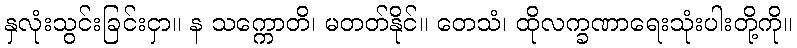
နှလုံးသွင်းခြင်းငှာ။ န သက္ကောတိ၊ မတတ်နိုင်။ တေသံ၊ ထိုလက္ခဏာရေးသုံးပါးတို့ကို။